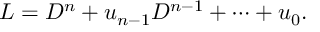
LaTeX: L = D ^ { n } + u _ { n - 1 } D ^ { n - 1 } + \cdots + u _ { 0 } .